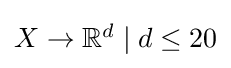
{\textstyle X\rightarrow \mathbb {R} ^{d}\mid d\leq 20}